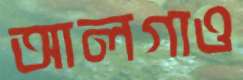
আলগাও